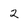
Character: 2